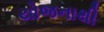
યોજનાથી